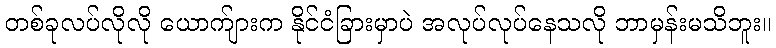
တစ်ခုလပ်လိုလို ယောက်ျားက နိုင်ငံခြားမှာပဲ အလုပ်လုပ်နေသလို ဘာမှန်းမသိဘူး။